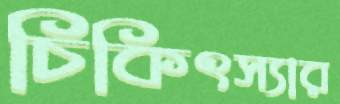
চিকিৎস্যার